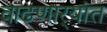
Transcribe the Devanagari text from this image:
वाढणार्‍यांत